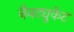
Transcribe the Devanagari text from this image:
नैनट्युकेट